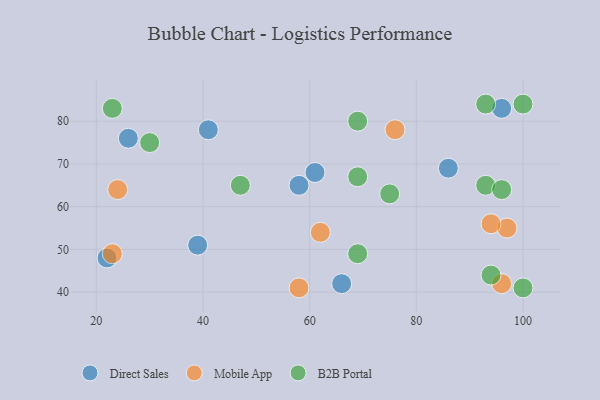
{"axis": {"x": "GDP", "y": "Life Expectancy"}, "legend": ["B2B Portal", "Direct Sales", "Mobile App"], "data": [{"x": "96", "y": 83, "type": "Direct Sales"}, {"x": "86", "y": 69, "type": "Direct Sales"}, {"x": "41", "y": 78, "type": "Direct Sales"}, {"x": "58", "y": 65, "type": "Direct Sales"}, {"x": "22", "y": 48, "type": "Direct Sales"}, {"x": "66", "y": 42, "type": "Direct Sales"}, {"x": "39", "y": 51, "type": "Direct Sales"}, {"x": "26", "y": 76, "type": "Direct Sales"}, {"x": "61", "y": 68, "type": "Direct Sales"}, {"x": "97", "y": 55, "type": "Mobile App"}, {"x": "23", "y": 49, "type": "Mobile App"}, {"x": "62", "y": 54, "type": "Mobile App"}, {"x": "94", "y": 56, "type": "Mobile App"}, {"x": "96", "y": 42, "type": "Mobile App"}, {"x": "76", "y": 78, "type": "Mobile App"}, {"x": "58", "y": 41, "type": "Mobile App"}, {"x": "24", "y": 64, "type": "Mobile App"}, {"x": "100", "y": 41, "type": "B2B Portal"}, {"x": "47", "y": 65, "type": "B2B Portal"}, {"x": "75", "y": 63, "type": "B2B Portal"}, {"x": "93", "y": 65, "type": "B2B Portal"}, {"x": "93", "y": 84, "type": "B2B Portal"}, {"x": "94", "y": 44, "type": "B2B Portal"}, {"x": "23", "y": 83, "type": "B2B Portal"}, {"x": "69", "y": 67, "type": "B2B Portal"}, {"x": "30", "y": 75, "type": "B2B Portal"}, {"x": "96", "y": 64, "type": "B2B Portal"}, {"x": "100", "y": 84, "type": "B2B Portal"}, {"x": "69", "y": 80, "type": "B2B Portal"}, {"x": "69", "y": 49, "type": "B2B Portal"}]}